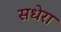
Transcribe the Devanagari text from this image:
सधेरा